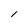
Character: l